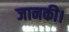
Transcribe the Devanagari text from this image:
जानकी।